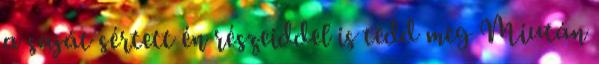
a saját sértett én részeiddel is tedd meg Miután